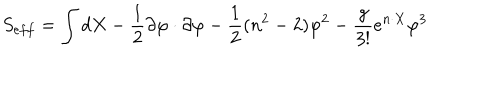
LaTeX: S _ { e f f } = \int d X - \frac { 1 } { 2 } \partial \varphi \cdot \partial \varphi - \frac { 1 } { 2 } ( n ^ { 2 } - 2 ) \varphi ^ { 2 } - \frac { g } { 3 ! } e ^ { n \cdot X } \varphi ^ { 3 }